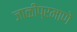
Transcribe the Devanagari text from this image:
जाळीप्रमाणे